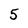
Character: 5